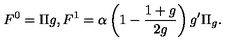
F ^ { 0 } = \Pi g , F ^ { 1 } = \alpha \left( 1 - \frac { 1 + g } { 2 g } \right) g ^ { \prime } \Pi _ { g } .